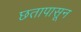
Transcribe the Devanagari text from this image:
छतापासून